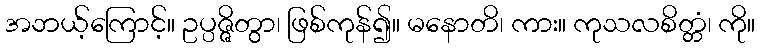
အဘယ့်ကြောင့်။ ဥပ္ပဇ္ဇိတွာ၊ ဖြစ်ကုန်၍။ မနောတိ၊ ကား။ ကုသလစိတ္တံ၊ ကို။